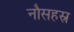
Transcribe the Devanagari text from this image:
नौसहस्र